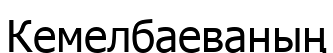
Кемелбаеваның